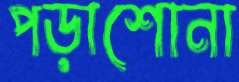
পড়াশোনা